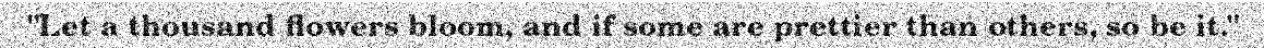
"Let a thousand flowers bloom, and if some are prettier than others, so be it."